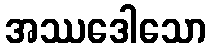
အဿဒေါသော